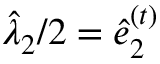
\hat { \lambda } _ { 2 } / 2 = \hat { e } _ { 2 } ^ { ( t ) }